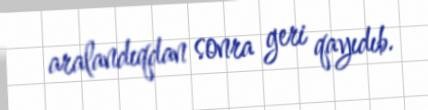
aralandıqdan sonra geri qayıdıb.